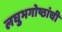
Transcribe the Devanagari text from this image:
लघुभगोष्ठांची